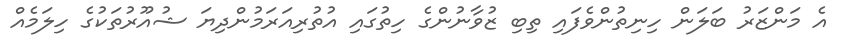
އެ މަންޒަރު ބަލަން ހިނިތުންވެފައި ތިބި ޒުވާނުންގެ ހިތުގައި އުތުރިއަރަމުންދިޔަ ޝުއޫރުތަކުގެ ހިލަމެއް